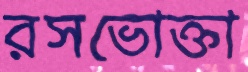
রসভোক্তা